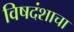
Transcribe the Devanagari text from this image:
विषदंशाचा